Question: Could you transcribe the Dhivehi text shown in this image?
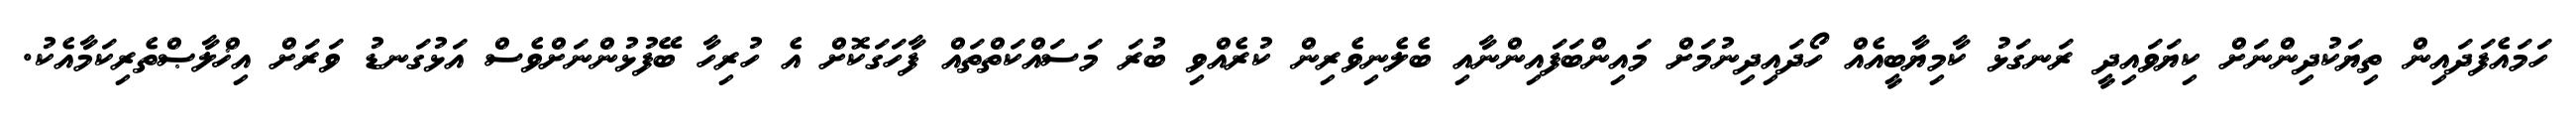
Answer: ހަމައެފަދައިން ތިޔަކުދިންނަށް ކިޔަވައިދީ ރަނގަޅު ކާމިޔާބީއެއް ހޯދައިދިނުމަށް މައިންބަފައިންނާއި ބެލެނިވެރިން ކުރެއްވި ބުރަ މަސައްކަތްތައް ފާހަގަކޮށް އެ ހުރިހާ ބޭފުޅުންނަށްވެސް އަޅުގަނޑު ވަރަށް އިޚްލާޞްތެރިކަމާއެކު.